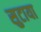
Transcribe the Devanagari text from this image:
सुटाया